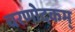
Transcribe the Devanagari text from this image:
चरणोदकम्